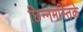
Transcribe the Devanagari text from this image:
छिन्नमस्तिके